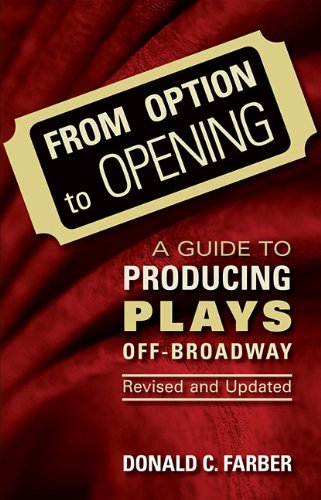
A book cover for From Option to Opening : aguide to Producing Plays Off Broadway - Revised and Updated; Donald C. Farber; Business & Money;